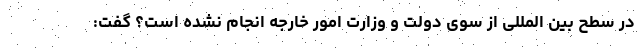
در سطح بین المللی از سوی دولت و وزارت امور خارجه انجام نشده است؟ گفت: